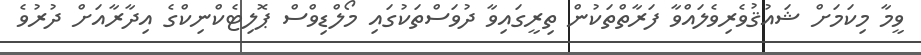
ވީމާ މިކަމަށް ޝައުޤުވެރިވެލައްވާ ފަރާތްތަކުން ތިރީގައިވާ ދުވަސްތަކުގައި މޯލްޑިވްސް ޕޮލިޓެކްނިކްގެ އިދާރާއަށް ދުރުވެ